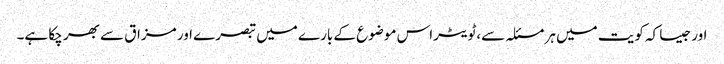
اور جیسا کہ کویت میں ہر مسئلہ سے،ٹویٹراس موضوع کے بارے میں تبصرے اور مزاق سے بھر چکا ہے۔